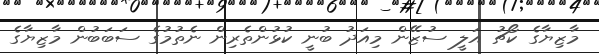
މާޒިޔާގެ ކޯޗު އަލީ ސުޒޭން މިއަދު ބުނީ ކުޅުންތެރިން ނެތުމުގެ ސަބަބުން މާޒިޔާގެ